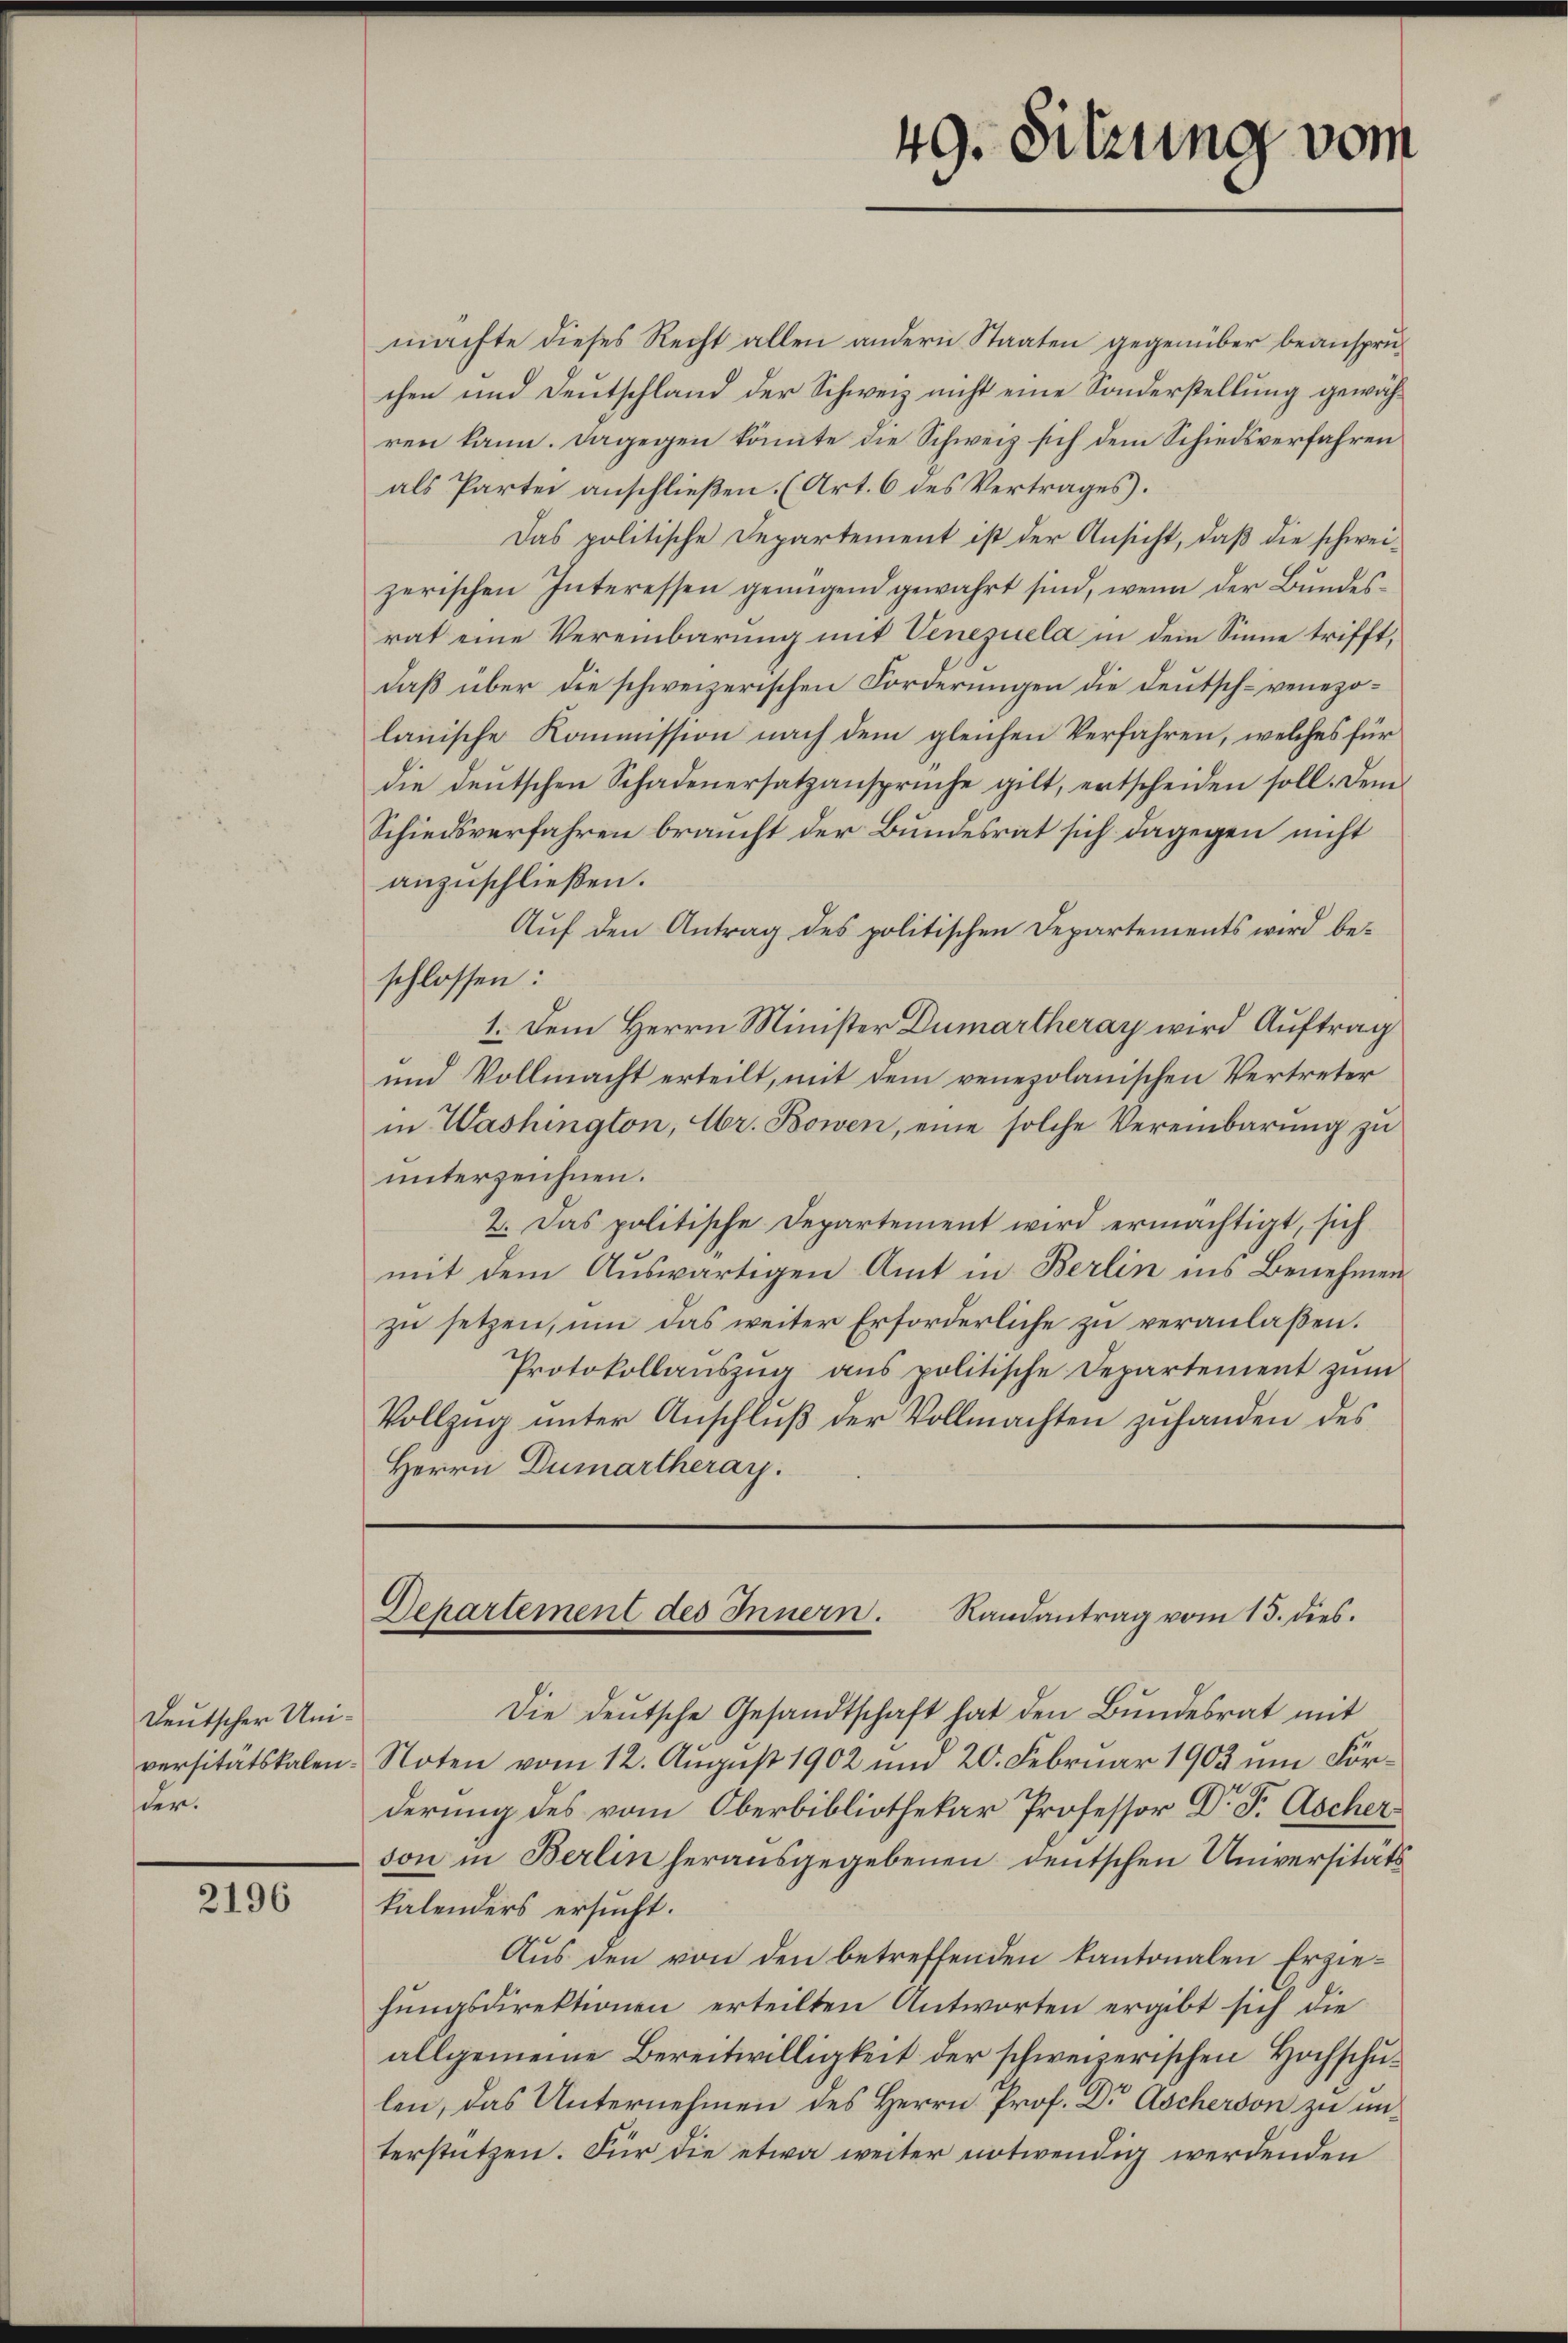
Deutscher Unider.

2196

machte dieses Recht allen andern Staaten gegenüber beansprüchen und Deutschland der Schweiz nicht eine Sonderstellung gewähren kann. Dagegen könnte die Schweiz sich dem Schiedsverfahren
als Partei anschließen. (Art. 6 des Vertrages.
Das politische Departement ist der Ansicht, daß die schweizerischen Interessen genügend gewahrt sind, wenn der Bundesrat eine Vereinbarung mit Venezuela in dem Sinne trifft,
daß über die schweizerischen Forderungen die Deutsch-venezolanische Kommission nach dem gleichen Verfahren, welches für
die deŭtschen Schadenersatzansprüche gilt, entscheiden soll. Dem
Schiedsverfahren braucht der Bundesrat sich dagegen nicht
anzuschließen.
Auf den Antrag des politischen Departements wird beschlossen:
1. Dem Herrn Minister Dumartheray wird Auftrag
und Vollmacht erteilt, mit dem venepolanischen Vertreter
in Washington, Hr. Bowen, eine solche Vereinbarŭng zŭ
unterzeichnen.
2. Das politische Departement wird ermächtigt, sich
mit dem Auswärtigen Amt in Berlin ins Benehmen
zu setzen, um das weiter Erforderliche zu veranlaßen.
Protokollaŭszŭg ans politische Departement zŭm
Vollzug unter Anschluß der Vollmachten zuhanden des
Herrn Dumartheray.

Die deutsche Gesandtschaft hat den Bundesrat mit
versitätskalen Noten vom 12. August 1902 und 20. Februar 1903 um Forderung des vom Oberbibliothekar Professor DDr. F. Ascherson in Berlin herausgegebenen deutschen Universitäts
kalenders ersucht.
Aŭs den von den betreffenden kantonalen Erziehungsdirektionen erteilten Antworten ergibt sich die
allgemeine Bereitwilligkeit der schweizerischen Hochschulen, das Unternehmen des Herrn Prof. Dr Ascherson zu unterstützen. Für die etwa weiter notwendig werdenden

49. Sitzung vom

Departement des Innern. Randantrag vom 15. dies.